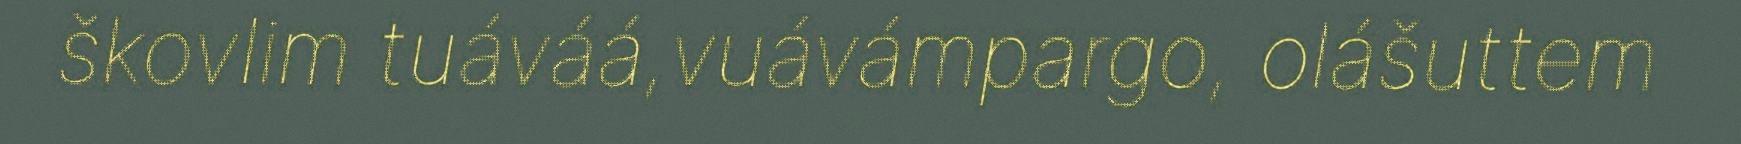
škovlim tuáváá,vuávámpargo, olášuttem